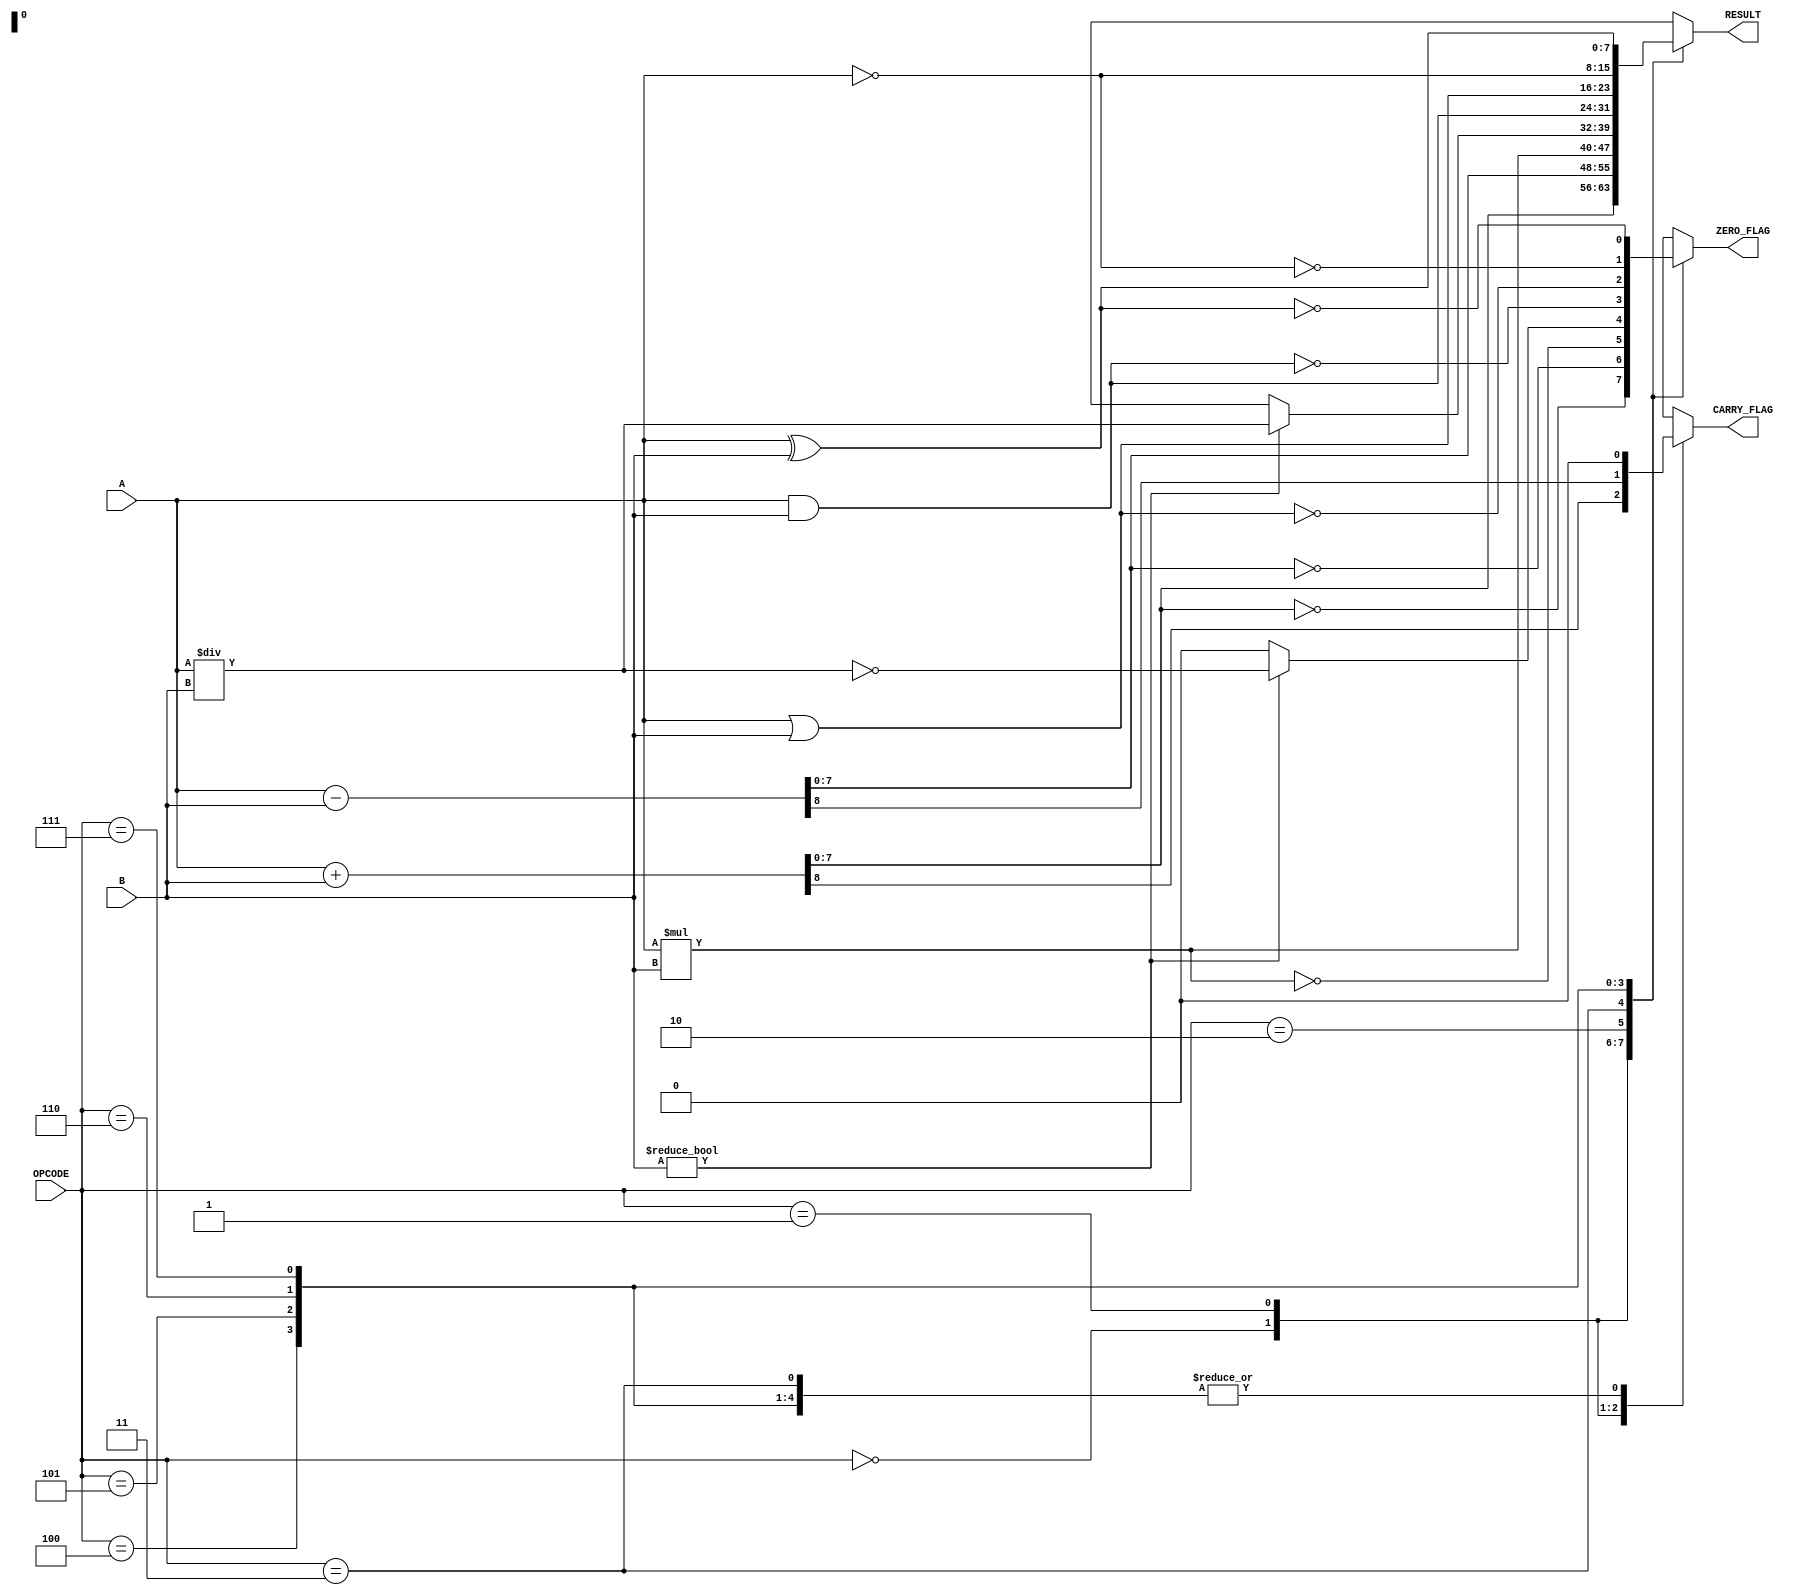
module parameterized_alu #(
    parameter DATA_WIDTH = 8,              // Width of the data
    parameter OPERATION_COUNT = 8         // Number of operations supported
)(
    input  wire [DATA_WIDTH-1:0] A,      // Operand A
    input  wire [DATA_WIDTH-1:0] B,      // Operand B
    input  wire [$clog2(OPERATION_COUNT)-1:0] OPCODE, // Operation code
    output reg [DATA_WIDTH-1:0] RESULT,   // Result of the operation
    output reg ZERO_FLAG,                  // Zero flag
    output reg CARRY_FLAG                  // Carry flag
);

    // Define operation codes
    localparam ADD         = 3'b000;
    localparam SUB         = 3'b001;
    localparam MUL         = 3'b010;
    localparam DIV         = 3'b011;
    localparam AND         = 3'b100;
    localparam OR          = 3'b101;
    localparam NOT         = 3'b110;
    localparam XOR         = 3'b111;

    always @(*) begin
        case (OPCODE)
            ADD: begin
                {CARRY_FLAG, RESULT} = A + B; // Capture carry out
                ZERO_FLAG = (RESULT == 0);
            end
            SUB: begin
                {CARRY_FLAG, RESULT} = A - B; // Capture borrow as carry out
                ZERO_FLAG = (RESULT == 0);
            end
            MUL: begin
                RESULT = A * B;
                ZERO_FLAG = (RESULT == 0);
                CARRY_FLAG = 1'b0; // No carry for multiplication
            end
            DIV: begin
                if (B != 0) begin
                    RESULT = A / B;
                    ZERO_FLAG = (RESULT == 0);
                    CARRY_FLAG = 1'b0; // No carry for division
                end else begin
                    RESULT = {DATA_WIDTH{1'bx}}; // Undefined behavior
                    ZERO_FLAG = 1'b0;
                    CARRY_FLAG = 1'b0;
                end
            end
            AND: begin
                RESULT = A & B;
                ZERO_FLAG = (RESULT == 0);
                CARRY_FLAG = 1'b0; // No carry for logical operations
            end
            OR: begin
                RESULT = A | B;
                ZERO_FLAG = (RESULT == 0);
                CARRY_FLAG = 1'b0; // No carry for logical operations
            end
            NOT: begin
                RESULT = ~A; // Assuming NOT operates on A
                ZERO_FLAG = (RESULT == 0);
                CARRY_FLAG = 1'b0; // No carry for logical operations
            end
            XOR: begin
                RESULT = A ^ B;
                ZERO_FLAG = (RESULT == 0);
                CARRY_FLAG = 1'b0; // No carry for logical operations
            end
            default: begin
                RESULT = {DATA_WIDTH{1'bx}}; // Undefined behavior
                ZERO_FLAG = 1'b0;
                CARRY_FLAG = 1'b0;
            end
        endcase
    end

endmodule